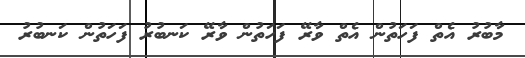
މާބުރު އެތް ފަހަތުން އެތް ވާރޭ ފަހަތުން ވާރޭ ކަނބުރު ފަހަތުން ކަނބުރު